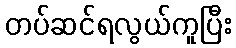
တပ်ဆင်ရလွယ်ကူပြီး